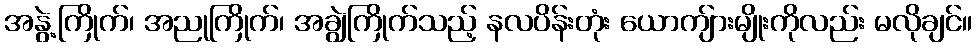
အနွဲ့ကြိုက်၊ အညုကြိုက်၊ အချွဲကြိုက်သည့် နလပိန်းတုံး ယောကျ်ားမျိုးကိုလည်း မလိုချင်။